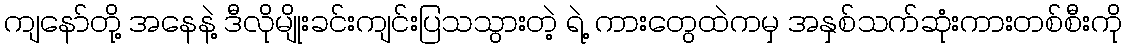
ကျနော်တို့ အနေနဲ့ ဒီလိုမျိုးခင်းကျင်းပြသသွားတဲ့ ရဲ့ ကားတွေထဲကမှ အနှစ်သက်ဆုံးကားတစ်စီးကို